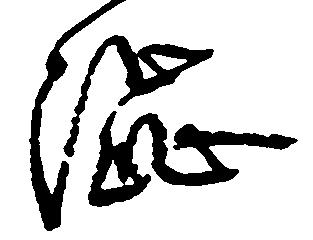
渋